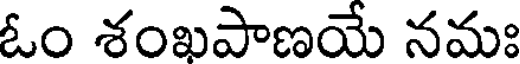
ఓం శంఖపాణయే నమః